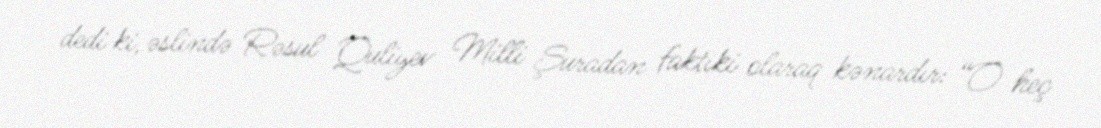
dedi ki, əslində Rəsul Quliyev Milli Şuradan faktiki olaraq kənardır: “O heç